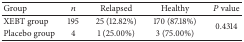
| Group | n | Relapsed | Healthy | P value |
 | --- | --- | --- | --- | --- |
 | XEBT group | 195 | 25 (12.82%) | 170 (87.18%) | <ROWSPAN=2> 0.4314 |
 | Placebo group | 4 | 1 (25.00%) | 3 (75.00%) |